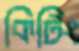
কিটিং